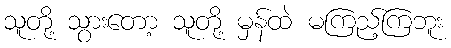
သူတို့ သွားတော့ သူတို့ မှန်ထဲ မကြည့်ကြဘူး